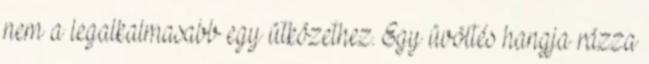
nem a legalkalmasabb egy ütközethez. Egy üvöltés hangja rázza